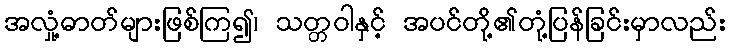
အလှုံ့ဓာတ်များဖြစ်ကြ၍၊ သတ္တဝါနှင့် အပင်တို့၏တုံ့ပြန်ခြင်းမှာလည်း